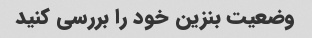
وضعیت بنزین خود را بررسی کنید